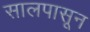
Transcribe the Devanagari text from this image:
सालपासून